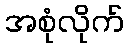
အစုံလိုက်